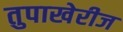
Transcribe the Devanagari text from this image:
तुपाखेरीज